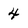
Character: 4